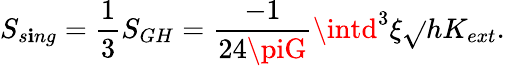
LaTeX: S_{s\mathbf{i}ng}={\frac{{1}}{{3}}}S_{GH}={\frac{{-1}}{{24\piG}}}\intd^{3}\xi\sqrt{}{{h}}K_{ext}.